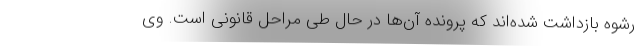
رشوه بازداشت شده‌اند که پرونده آن‌ها در حال طی مراحل قانونی است. وی